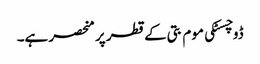
ڈوچسٹکی موم بتی کے قطر پر منحصر ہے۔